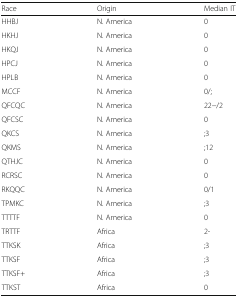
| Race | Origin | Median IT |
 | --- | --- | --- |
 | HHBJ | N. America | 0 |
 | HKHJ | N. America | 0 |
 | HKQJ | N. America | 0 |
 | HPCJ | N. America | 0 |
 | HPLB | N. America | 0 |
 | MCCF | N. America | 0/; |
 | QFCQC | N. America | 22−/2 |
 | QFCSC | N. America | 0 |
 | QKCS | N. America | ;3 |
 | QKMS | N. America | ;12 |
 | QTHJC | N. America | 0 |
 | RCRSC | N. America | 0 |
 | RKQQC | N. America | 0/1 |
 | TPMKC | N. America | ;3 |
 | TTTTF | N. America | 0 |
 | TRTTF | Africa | 2- |
 | TTKSK | Africa | ;3 |
 | TTKSF | Africa | ;3 |
 | TTKSF+ | Africa | ;3 |
 | TTKST | Africa | 0 |